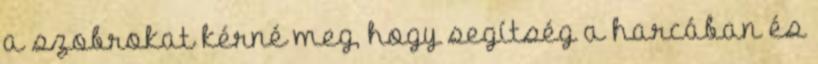
a szobrokat kérné meg, hogy segítség a harcában és